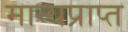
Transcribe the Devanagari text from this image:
मान्यप्राप्त